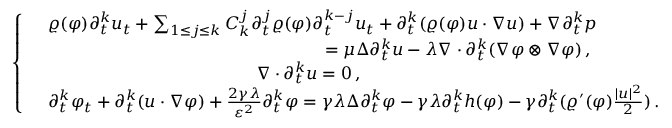
\left\{ \begin{array} { r l } & { \varrho ( \varphi ) \partial _ { t } ^ { k } u _ { t } + \sum _ { 1 \leq j \leq k } C _ { k } ^ { j } \partial _ { t } ^ { j } \varrho ( \varphi ) \partial _ { t } ^ { k - j } u _ { t } + \partial _ { t } ^ { k } ( \varrho ( \varphi ) u \cdot \nabla u ) + \nabla \partial _ { t } ^ { k } p } \\ & { \qquad \qquad \qquad \qquad \qquad \qquad \qquad \qquad = \mu \Delta \partial _ { t } ^ { k } u - \lambda \nabla \cdot \partial _ { t } ^ { k } ( \nabla \varphi \otimes \nabla \varphi ) \, , } \\ & { \qquad \qquad \qquad \qquad \qquad \qquad \nabla \cdot \partial _ { t } ^ { k } u = 0 \, , } \\ & { \partial _ { t } ^ { k } \varphi _ { t } + \partial _ { t } ^ { k } ( u \cdot \nabla \varphi ) + \frac { 2 \gamma \lambda } { \varepsilon ^ { 2 } } \partial _ { t } ^ { k } \varphi = \gamma \lambda \Delta \partial _ { t } ^ { k } \varphi - \gamma \lambda \partial _ { t } ^ { k } h ( \varphi ) - \gamma \partial _ { t } ^ { k } ( \varrho ^ { \prime } ( \varphi ) \frac { | u | ^ { 2 } } { 2 } ) \, . } \end{array} \right.